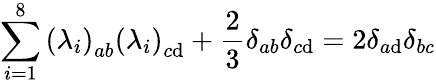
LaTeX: \sum_{i=1}^{8}\left(\lambda_{i}\right)_{ab}\left(\lambda_{i}\right)_{c\mathrm{d}}+\frac{{2}}{{3}}\delta_{ab}\delta_{c\mathrm{d}}=2\delta_{a\mathrm{d}}\delta_{bc}